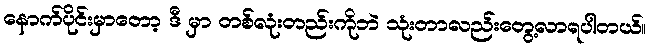
နောက်ပိုင်းမှာတော့ ဒီ မှာ တစ်လုံးတည်းကိုဘဲ သုံးတာလည်းတွေ့လာရပါတယ်။